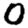
Digit: 0